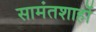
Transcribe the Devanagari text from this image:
सामंतशाहों